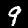
Label: 9